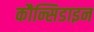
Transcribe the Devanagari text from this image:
कौन्सिडाइन